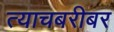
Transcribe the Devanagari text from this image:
त्याचबरीबर